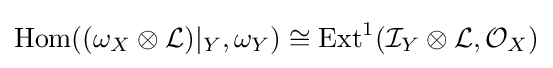
{\text{Hom}}((\omega _{X}\otimes {\mathcal {L}})|_{Y},\omega _{Y})\cong {\text{Ext}}^{1}({\mathcal {I}}_{Y}\otimes {\mathcal {L}},{\mathcal {O}}_{X})